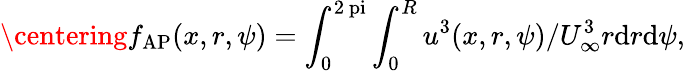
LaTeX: \centering f_{\mathrm{AP}}(x,r,\psi)=\int_{0}^{2\mathrm{\ pi}}\int_{0}^{R}u^{3}(x,r,\psi)/U_{\mathrm{\infty}}^{3}r\mathrm{d}r\mathrm{d}\psi,